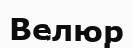
Велюр